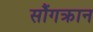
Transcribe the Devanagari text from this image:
सौंगक्रान